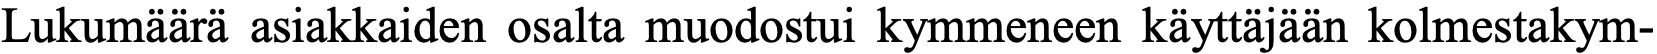
Lukumäärä asiakkaiden osalta muodostui kymmeneen käyttäjään kolmestakym-